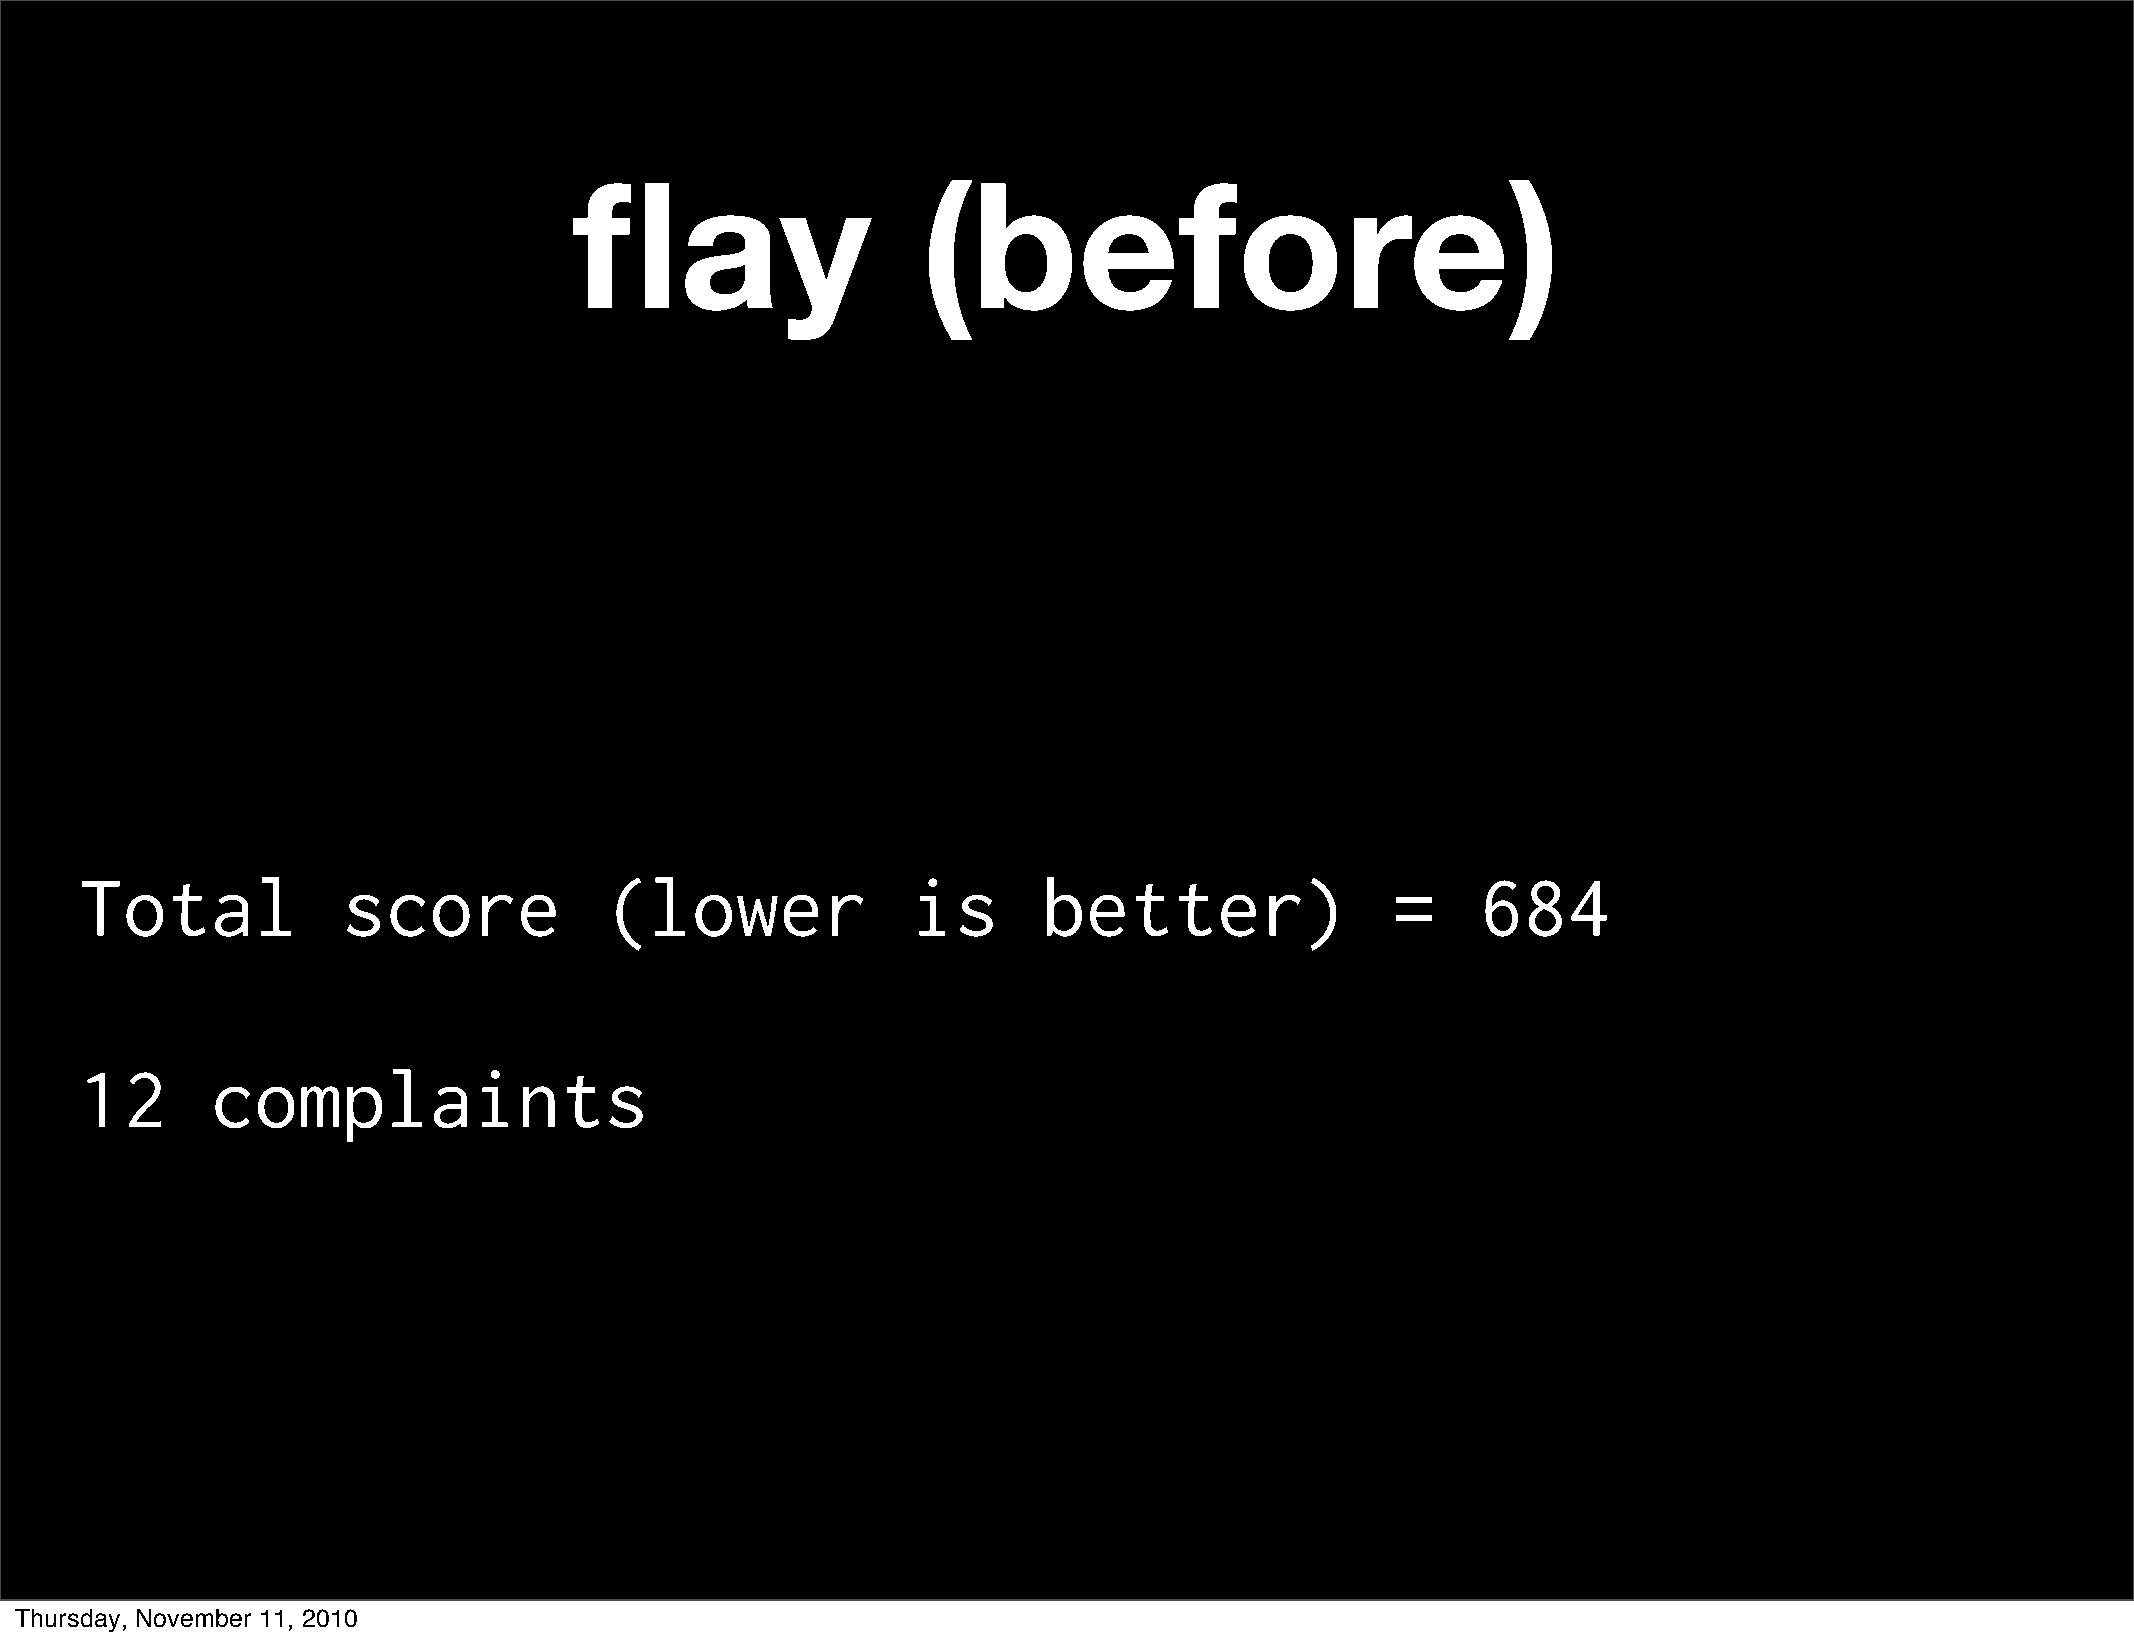
flay                   (before)
 Total             score            (lower              is       better)                =     684
 12       complaints
 Thursday, November 11, 2010